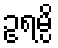
ဥရမ္ပိ